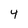
Character: 4